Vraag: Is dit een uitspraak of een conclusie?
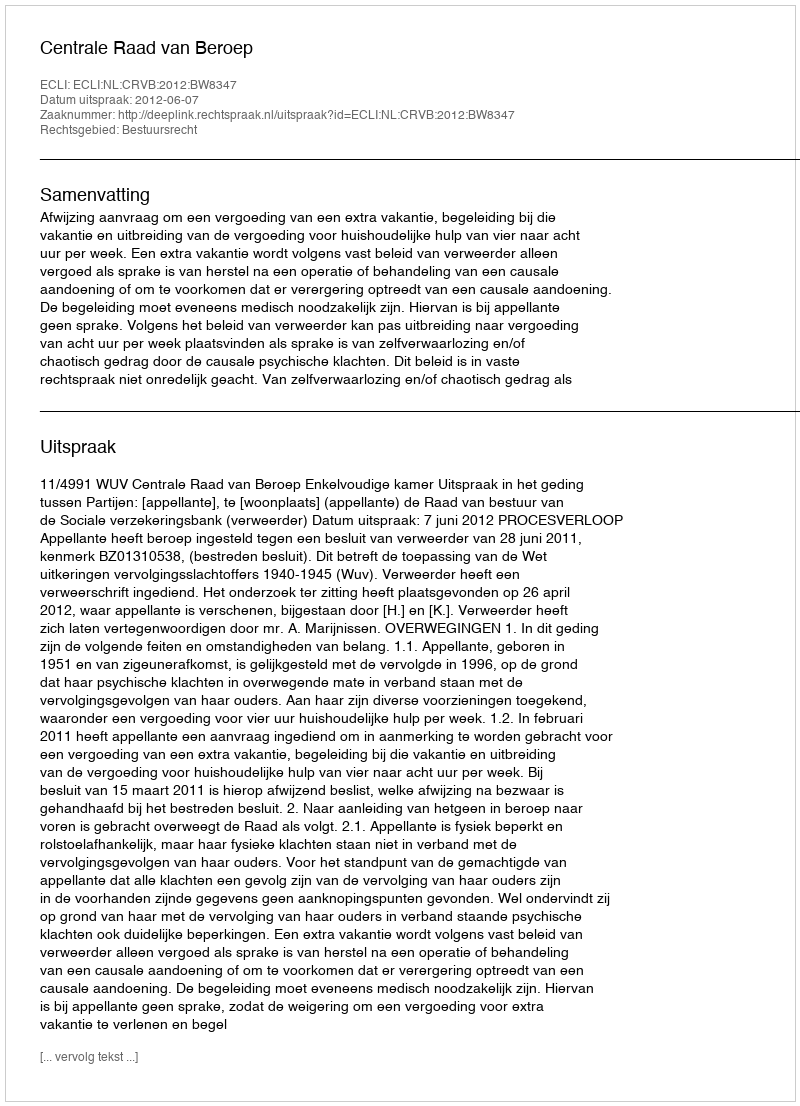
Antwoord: Uitspraak